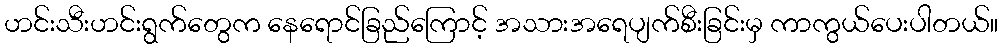
ဟင်းသီးဟင်းရွက်တွေက နေရောင်ခြည်ကြောင့် အသားအရေပျက်စီးခြင်းမှ ကာကွယ်ပေးပါတယ်။